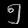
Digit: ၅